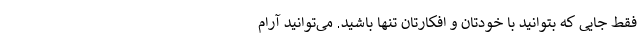
فقط جایی که بتوانید با خودتان و افکارتان تنها باشید. می‌توانید آرام